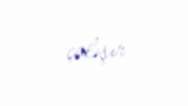
çalışır.